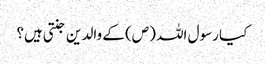
کیا رسول اللہ (ص) کے والدین جنتی ہیں؟